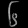
Digit: ၆